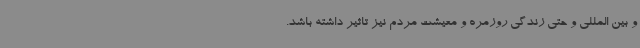
و بین المللی و حتی زندگی روزمره و معیشت مردم نیز تاثیر داشته باشد.